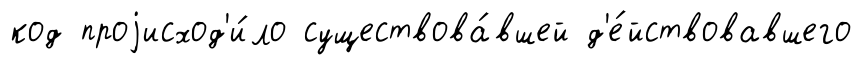
код проjисход'и́ло существова́вшей д'е́йствовавшего